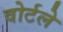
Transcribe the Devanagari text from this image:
वोर्टले